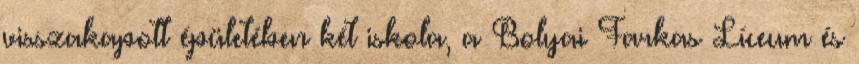
visszakapott épületében két iskola, a Bolyai Farkas Líceum és